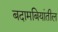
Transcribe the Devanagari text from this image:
बदामबियांतील